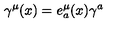
\gamma ^ { \mu } ( x ) = e _ { a } ^ { \mu } ( x ) \gamma ^ { a }